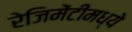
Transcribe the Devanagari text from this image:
रेजिमेंटीमध्ये